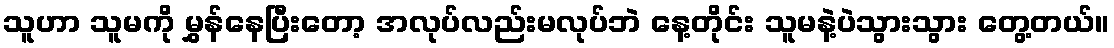
သူဟာ သူမကို မွှန်နေပြီးတော့ အလုပ်လည်းမလုပ်ဘဲ နေ့တိုင်း သူမနဲ့ပဲသွားသွား တွေ့တယ်။